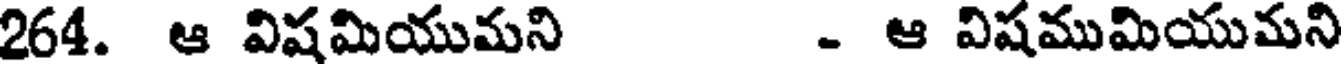
264. ఆ విషమియుమని - ఆ విషముమియుమని